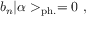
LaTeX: b _ { n } | \alpha > _ { \mathrm { p h . } } = 0 ~ ,